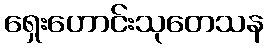
ရှေးဟောင်းသုတေသန